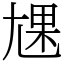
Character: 㞅